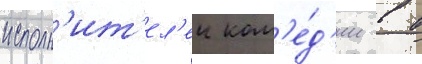
исполн'ит'ел'еи ком'е́д'ии в в